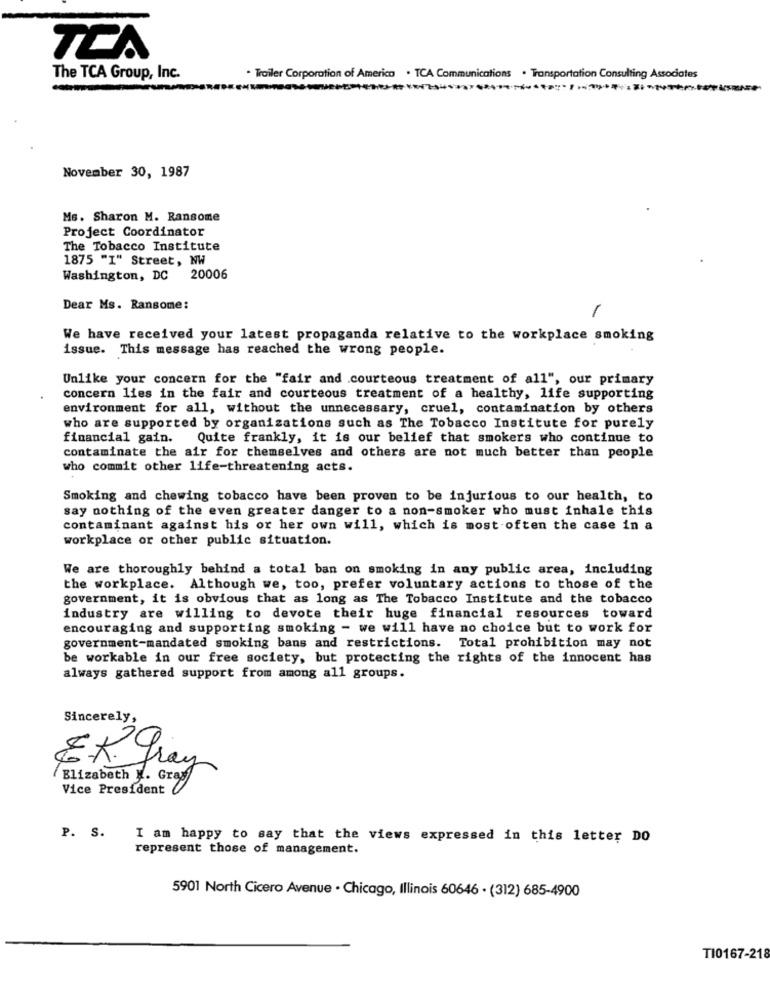
TCA
The TCA Group, Inc.
. Trailer Corporation of America . TCA Communications . Transportation Consulting Associates
November 30, 1987
Ms. Sharon M. Ransome
Project Coordinator
The Tobacco Institute
1875 "I" Street, NW
Washington, DC 20006
Dear Ms. Ransome:
1
We have received your latest propaganda relative to the workplace smoking
issue. This message has reached the wrong people.
Unlike your concern for the "fair and .courteous treatment of all", our primary
concern lies in the fair and courteous treatment of a healthy, life supporting
environment for all, without the unnecessary, cruel, contamination by others
who are supported by organizations such as The Tobacco Institute for purely
financial gain.
Quite frankly, it is our belief that smokers who continue to
contaminate the air for themselves and others are not much better than people
who commit other life-threatening acts.
Smoking and chewing tobacco have been proven to be injurious to our health, to
say nothing of the even greater danger to a non-smoker who must inhale this
contaminant against his or her own will, which is most often the case in a
workplace or other public situation.
We are thoroughly behind a total ban on smoking in any public area, including
the workplace. Although we, too, prefer voluntary actions to those of the
government, it is obvious that as long as The Tobacco Institute and the tobacco
industry are willing to devote their huge financial resources toward
encouraging and supporting smoking - we will have no choice but to work for
government-mandated smoking bans and restrictions. Total prohibition may not
be workable in our free society, but protecting the rights of the innocent has
always gathered support from among all groups.
Sincerely,
E.R. gray
Elizabeth M. Greg
Vice President
P. S.
I am happy to say that the views expressed in this letter DO
represent those of management.
5901 North Cicero Avenue . Chicago, Illinois 60646 · (312) 685-4900
TI0167-218